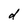
Character: d